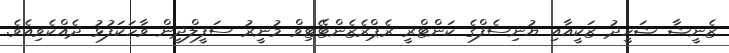
ޒެނީޝާ ޝަހީދު ޒަކީއާއި ޔުނިސެފްގެ ކަންޓްރީ ރެޕްރެޒެންޓޭޓިވް މުނީރު ސަފީލްދީން ވާހަކަފުޅު ދެއްކެވިއެވެ.